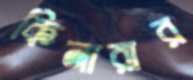
কিনারার